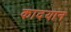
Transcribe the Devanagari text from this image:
कादयान